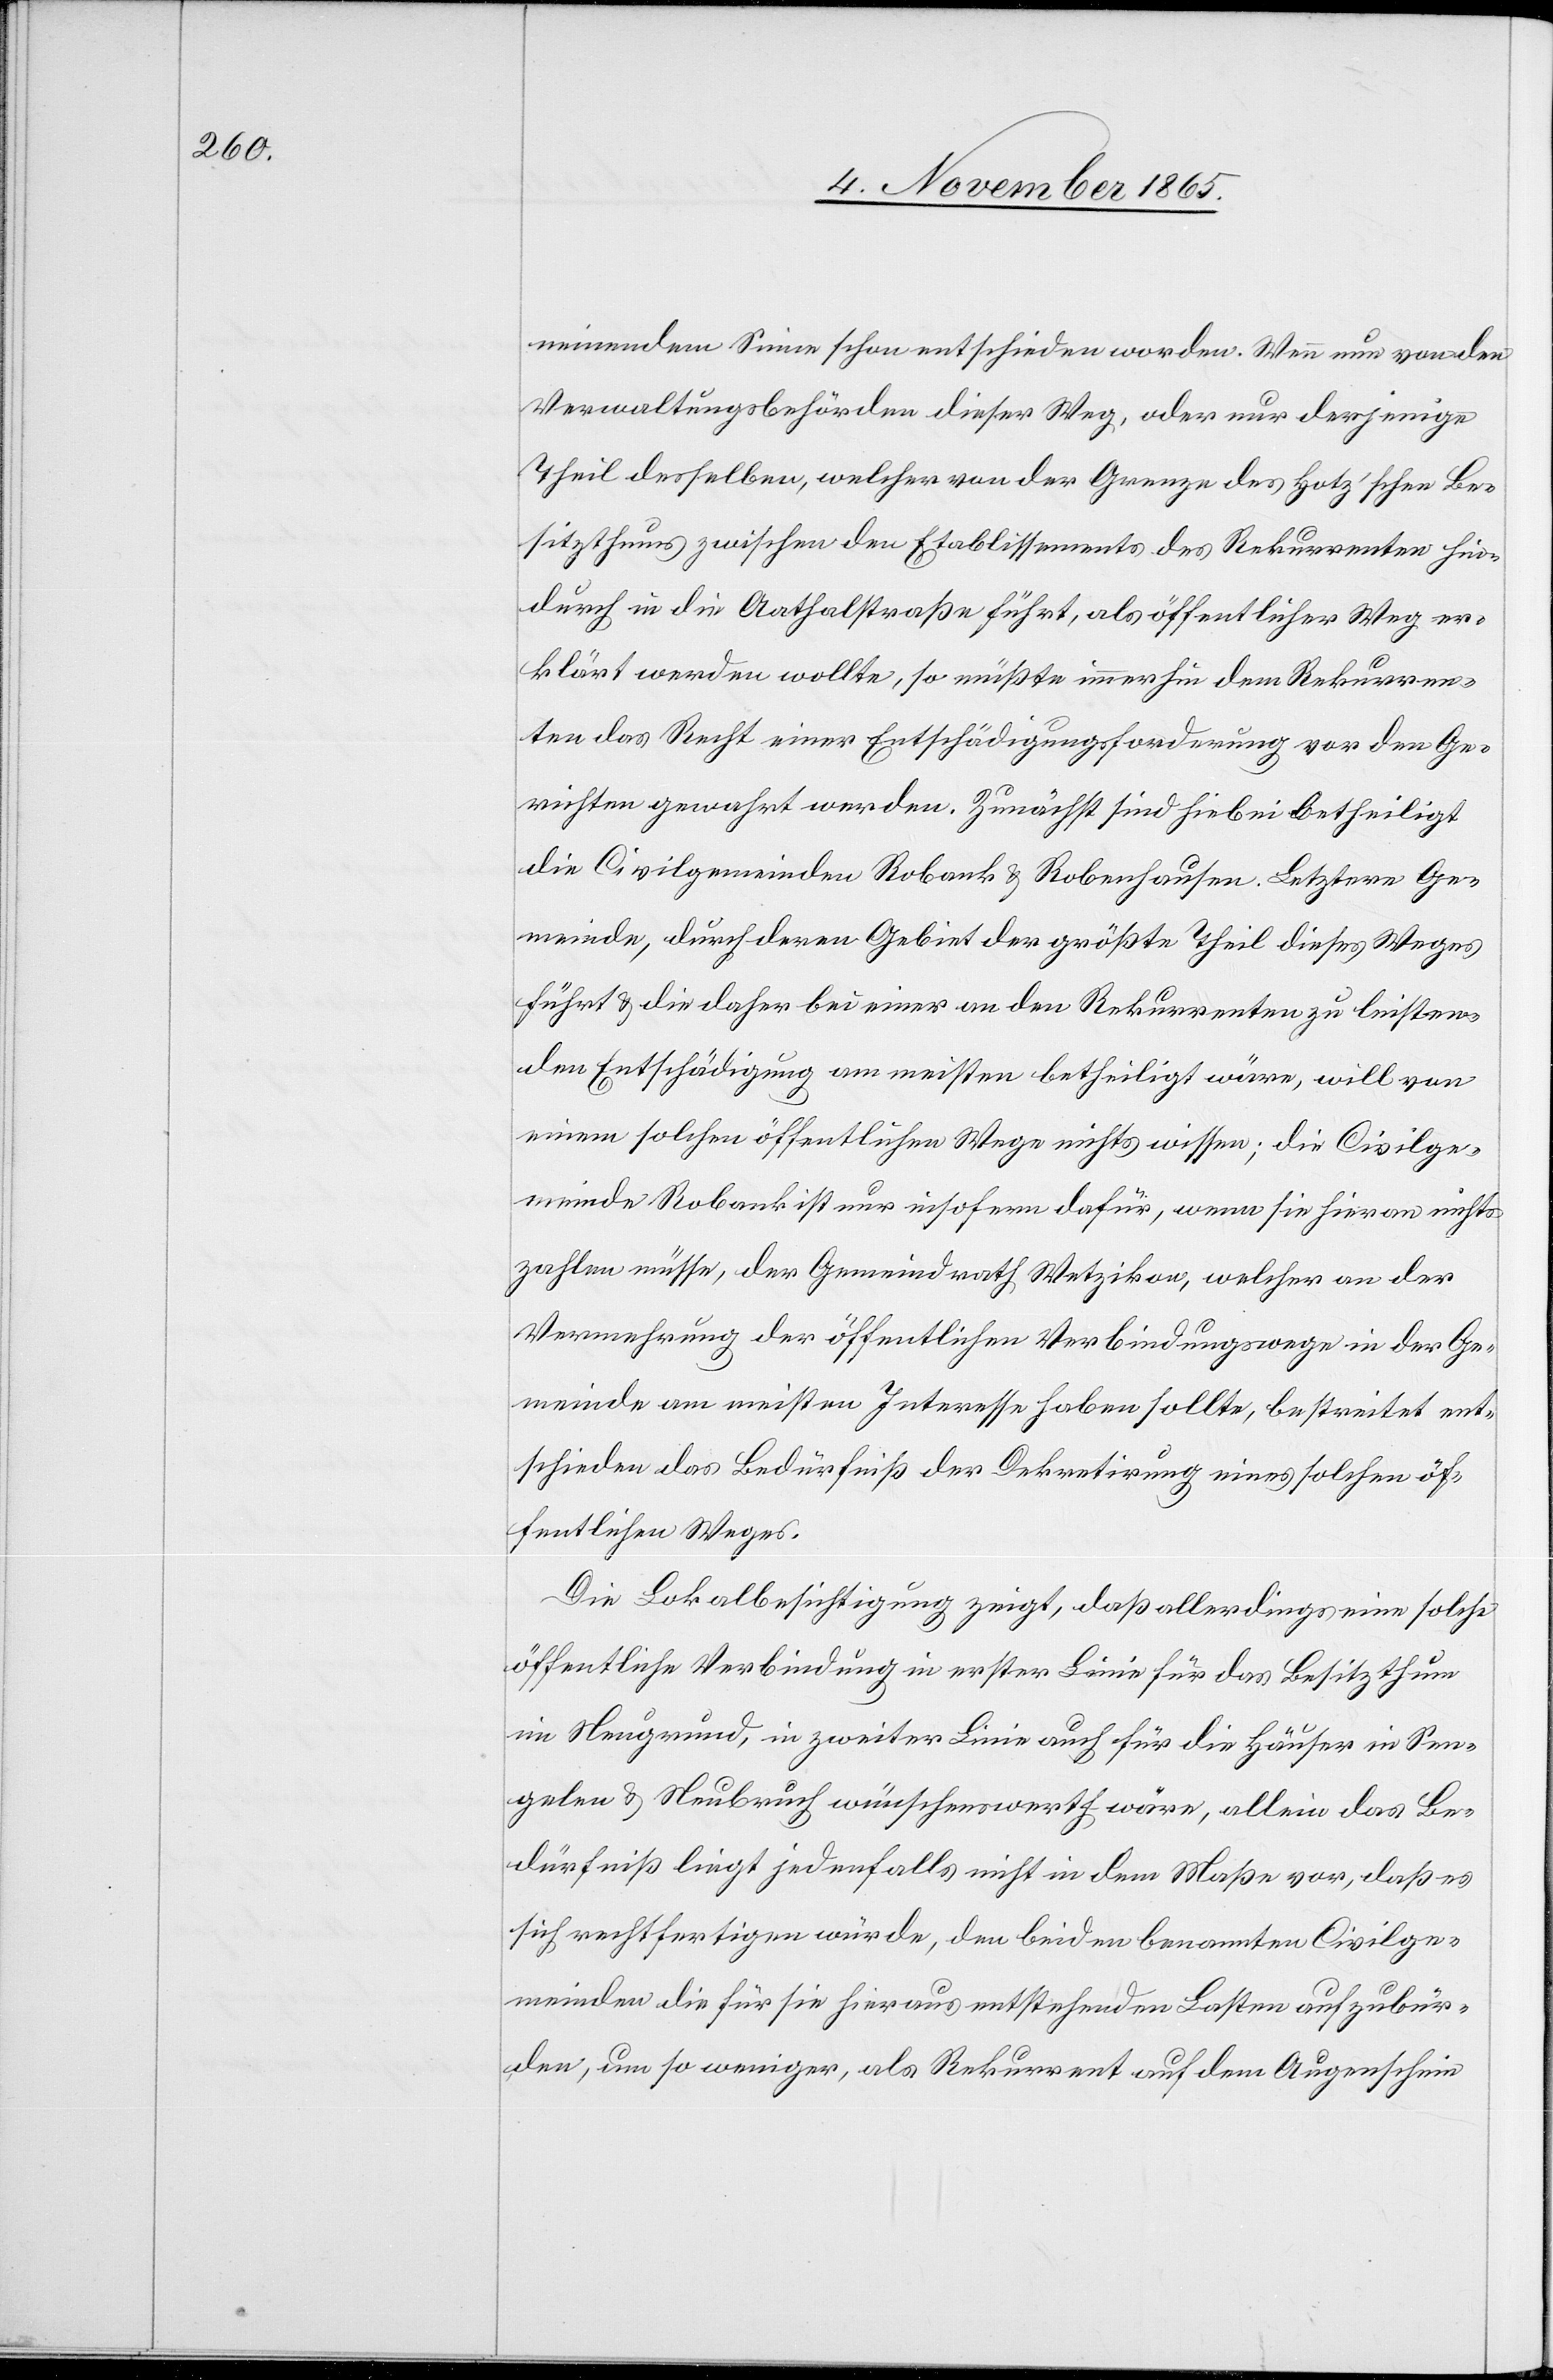
neinendem Sinne schon entschieden worden. Wenn nun von den
Verwaltungsbehörden dieser Weg, oder nur derjenige
Theil desselben, welcher von der Grenze des Hotz’schen Be¬
sitzthums zwischen den Etablissements des Rekurrenten hin¬
durch in die Aathalstraße führt, als öffentlicher Weg er¬
klärt werden wollte, so müßte immerhin dem Rekurren¬
ten das Recht einer Entschädigungsforderung vor den Ge¬
richten gewahrt werden. Zunächst sind hiebei betheiligt
die Civilgemeinden Robank & Robenhausen. Letztere Ge¬
meinde, durch deren Gebiet der größte Theil dieses Weges
führt & die daher bei einer an den Rekurrenten zu leisten¬
den Entschädigung am meisten betheiligt wäre, will von
einem solchen öffentlichen Wege nichts wissen; die Civilge¬
meinde Robank ist nur insofern dafür, wenn sie hieran nichts
zahlen müsse, der Gemeindrath Wetzikon, welcher an der
Vermehrung der öffentlichen Verbindungswege in der Ge¬
meinde am meisten Interesse haben sollte, bestreitet ent¬
schieden das Bedürfniß der Dekretirung eines solchen öf¬
fentlichen Weges.
Die Lokalbesichtigung zeigt, daß allerdings eine solche
öffentliche Verbindung in erster Linie für das Besitzthum
im Neugrund, in zweiter Linie auch für die Häuser in Sen¬
gelen & Neubruch wünschenswerth wäre, allein das Be¬
dürfniß liegt jedenfalls nicht in dem Maße vor, daß es
sich rechtfertigen würde, den beiden genannten Civilge¬
meinden die für sie hieraus entstehenden Lasten aufzubür¬
den, um so weniger, als Rekurrent auf dem Augenschein